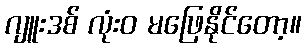
ဂျူးဒစ် လုံးဝ မဖြေနိုင်တော့။